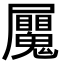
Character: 𭕼